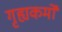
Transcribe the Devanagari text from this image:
गृह्यकर्मों